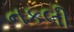
નકલી